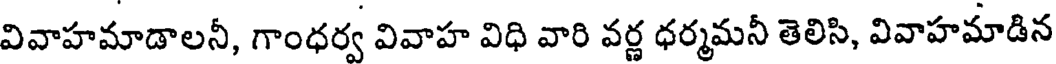
వివాహమాడాలనీ, గాంధర్వ వివాహ విధి వారి వర్ణ ధర్మమనీ తెలిసి, వివాహమాడిన